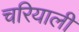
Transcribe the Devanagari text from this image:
चरियाली